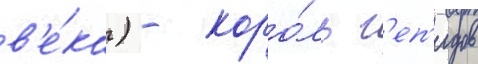
в'е́ка) - коро́ль г'еп'идов